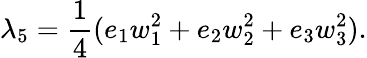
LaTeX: \lambda_{5}=\frac 14(e_{1}w_{1}^{2}+e_{2}w_{2}^{2}+e_{3}w_{3}^{2}).